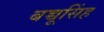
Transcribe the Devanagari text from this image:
बच्चूसिंह